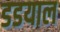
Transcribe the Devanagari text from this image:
डडयाल